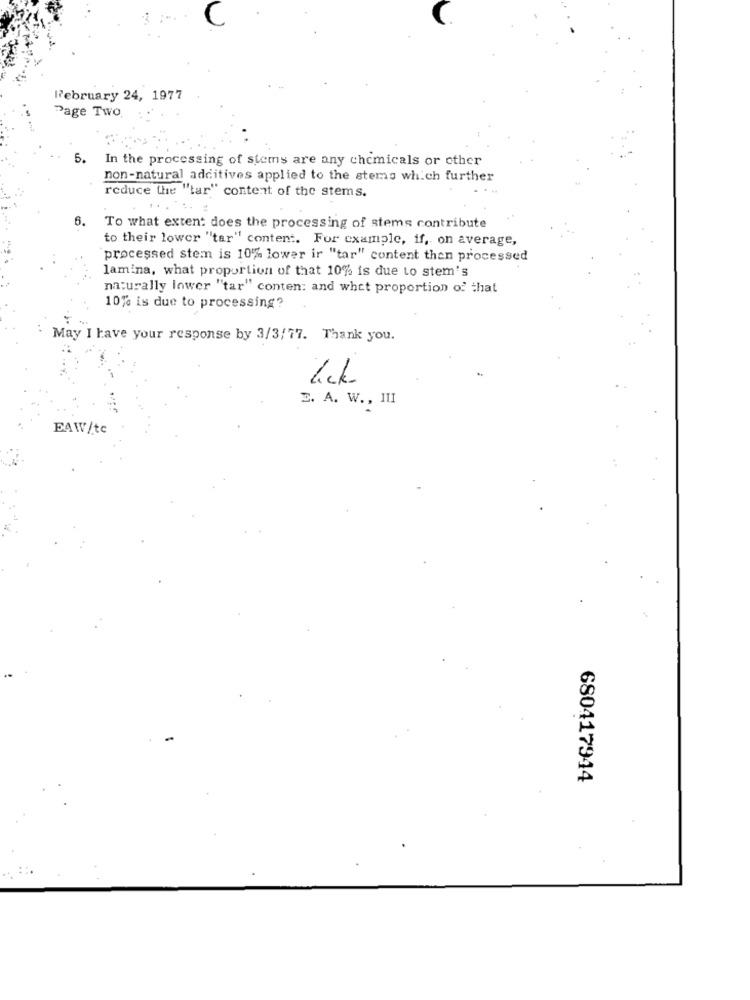
February 24, 1977
Page Two
5.
In the processing of stems are any chemicals or other
non-natural additives applied to the stems which further
reduce the "tar" content of the stems.
6.
To what extent does the processing of stems contribute
to their lower "tar" content. For example, if, on average,
processed stem is 10% lower ir "tar" content then processed
lamina, what proportion of that 10% is due to stem's
naturally lower "tar" conten: and whet proportion of that
10% is due to processing?
May I have your response by 3/3/77. Thank you.
lck
E. A. W ., 11I
EAW/tc
-
680417944